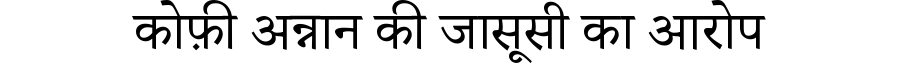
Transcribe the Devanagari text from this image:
कोफ़ी अन्नान की जासूसी का आरोप